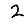
Digit: 2